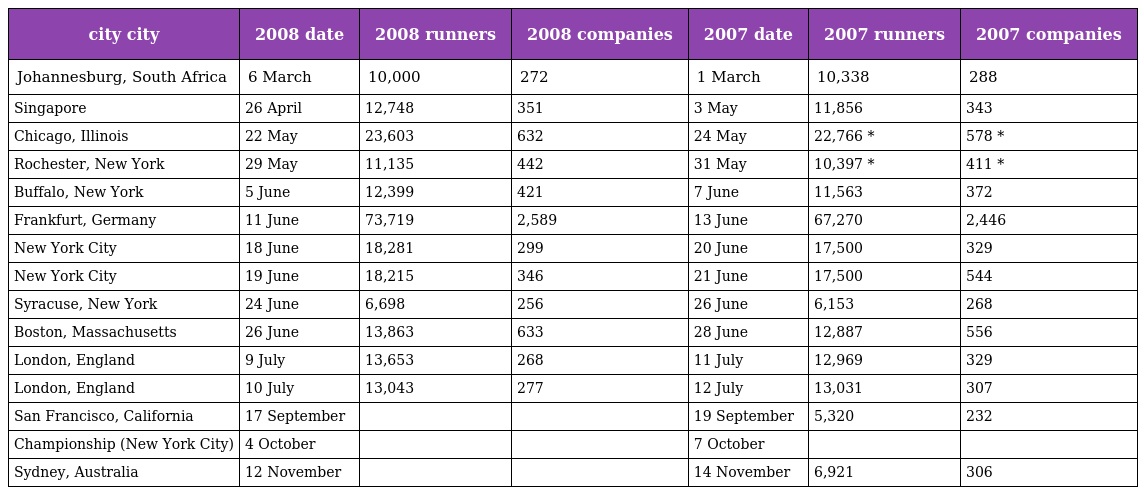
| city city | 2008 date | 2008 runners | 2008 companies | 2007 date | 2007 runners | 2007 companies |
 | --- | --- | --- | --- | --- | --- | --- |
 | Johannesburg, South Africa | 6 March | 10,000 | 272 | 1 March | 10,338 | 288 |
 | Singapore | 26 April | 12,748 | 351 | 3 May | 11,856 | 343 |
 | Chicago, Illinois | 22 May | 23,603 | 632 | 24 May | 22,766 * | 578 * |
 | Rochester, New York | 29 May | 11,135 | 442 | 31 May | 10,397 * | 411 * |
 | Buffalo, New York | 5 June | 12,399 | 421 | 7 June | 11,563 | 372 |
 | Frankfurt, Germany | 11 June | 73,719 | 2,589 | 13 June | 67,270 | 2,446 |
 | New York City | 18 June | 18,281 | 299 | 20 June | 17,500 | 329 |
 | New York City | 19 June | 18,215 | 346 | 21 June | 17,500 | 544 |
 | Syracuse, New York | 24 June | 6,698 | 256 | 26 June | 6,153 | 268 |
 | Boston, Massachusetts | 26 June | 13,863 | 633 | 28 June | 12,887 | 556 |
 | London, England | 9 July | 13,653 | 268 | 11 July | 12,969 | 329 |
 | London, England | 10 July | 13,043 | 277 | 12 July | 13,031 | 307 |
 | San Francisco, California | 17 September |  |  | 19 September | 5,320 | 232 |
 | Championship (New York City) | 4 October |  |  | 7 October |  |  |
 | Sydney, Australia | 12 November |  |  | 14 November | 6,921 | 306 |